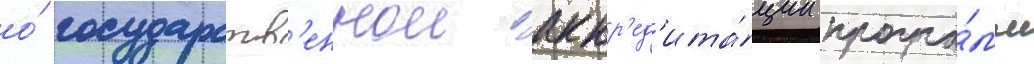
о́ государств'еннои аккр'ед'ита́ции програ́мм